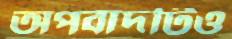
অপবাদটিও